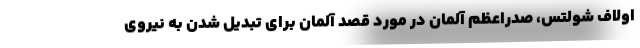
اولاف شولتس، صدراعظم آلمان در مورد قصد آلمان برای تبدیل شدن به نیروی